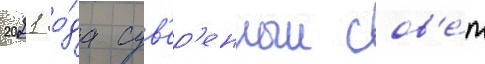
2021 го́да сув'ер'енныи сов'е́т